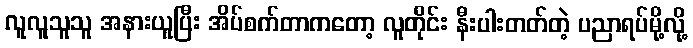
လူလူသူသူ အနားယူပြီး အိပ်စက်တာကတော့ လူတိုင်း နီးပါးတတ်တဲ့ ပညာရပ်မို့လို့